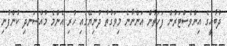
ދުބާއީގެ އިންވެސްޓަރުން ފަހަތުން އަންނާނެ މިވަގުތު ދުނިޔޭގައި ހުރި އެންމެ މުއްސަނދި ކުންފުނި